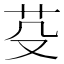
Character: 芟